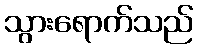
သွားရောက်သည်